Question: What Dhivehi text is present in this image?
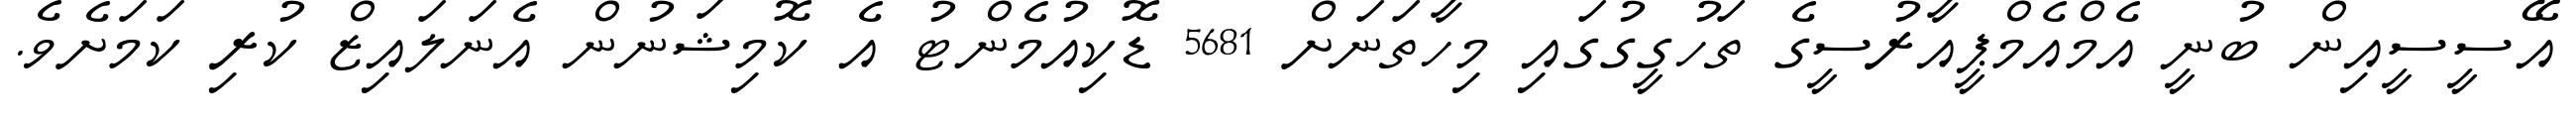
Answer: އޭސީސީއިން ބުނީ އެމްއެމްޕީއާރުސީގެ ތަހުގީގުގައި މިހާތަނަށް 5681 ޑޮކިއުމެންޓު އެ ކޮމިޝަނުން އެނަލައިޒް ކުރި ކަމަށެވެ.